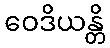
ဝေဒိယန္တိ